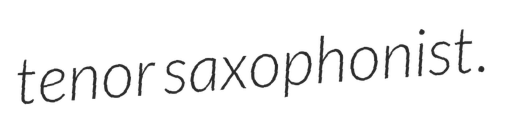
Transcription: tenor saxophonist.